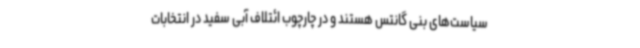
سیاست‌های بنی گانتس هستند و در چارچوب ائتلاف آبی سفید در انتخابات